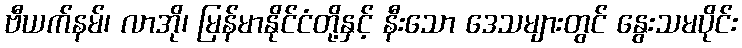
ဗီယက်နမ်၊ လာအို၊ မြန်မာနိုင်ငံတို့နှင့် နီးသော ဒေသများတွင် နွေးသမပိုင်း